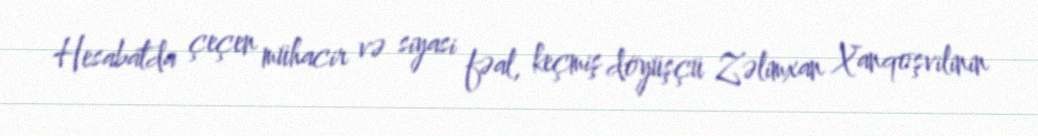
Hesabatda çeçen mühacir və siyasi fəal, keçmiş döyüşçü Zəlimxan Xanqoşvilinin